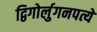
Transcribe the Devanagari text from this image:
द्विगोर्लुगनपत्ये